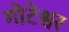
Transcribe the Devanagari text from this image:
गोटेश्वर